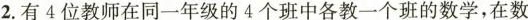
2.有4位教师在同一年级的4个班中各教一个班的数学，在数